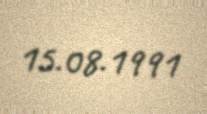
15.08.1991